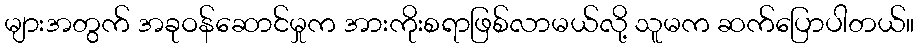
များအတွက် အခုဝန်ဆောင်မှုက အားကိုးစရာဖြစ်လာမယ်လို့ သူမက ဆက်ပြောပါတယ်။